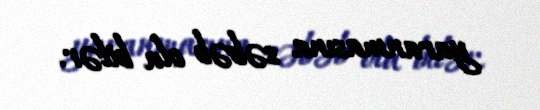
yaranmasına səbəb ola bilər.